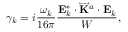
\gamma _ { k } = i \frac { \omega _ { k } } { 1 6 \pi } \frac { \mathbf { { E } } _ { k } ^ { \ast } \cdot \overleftrightarrow { \mathbf { K } } ^ { a } \cdot \mathbf { { E } } _ { k } } { W } ,